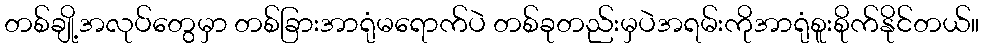
တစ်ချို့အလုပ်တွေမှာ တစ်ခြားအာရုံမရောက်ပဲ တစ်ခုတည်းမှပဲအရမ်းကိုအာရုံစူးစိုက်နိုင်တယ်။